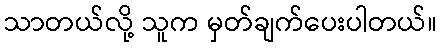
သာတယ်လို့ သူက မှတ်ချက်ပေးပါတယ်။